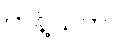
ကန့်သတ်